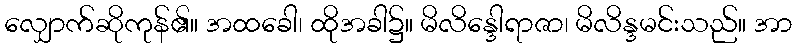
လျှောက်ဆိုကုန်၏။ အထခေါ၊ ထိုအခါ၌။ မိလိန္ဒေါရာဇာ၊ မိလိန္ဒမင်းသည်။ အာ